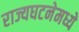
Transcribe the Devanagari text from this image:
राज्यघटनेमध्ये